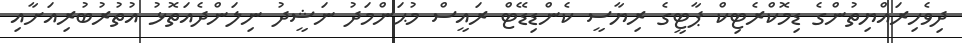
ދިވެހިރައްޔިތުންގެ ޑިމޮކްރެޓިކް ޕާޓީގެ ރިޔާސީ ކެންޑިޑޭޓް ރައީސް މުޙަންމަދު ނަޝީދު ނިލަންދެއަތޮޅު އުތުރުބުރިއަށާއި